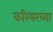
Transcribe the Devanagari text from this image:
करियरच्या